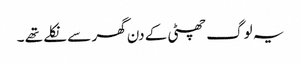
یہ لوگ چھٹی کے دن گھر سے نکلے تھے ۔